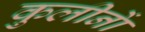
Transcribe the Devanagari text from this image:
कुलीनाें